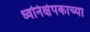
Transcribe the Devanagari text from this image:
ध्वनिक्षेपकाच्या